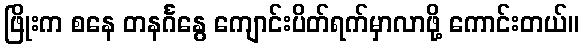
ဖြိုးက စနေ တနင်္ဂနွေ ကျောင်းပိတ်ရက်မှာလာဖို့ ကောင်းတယ်။